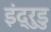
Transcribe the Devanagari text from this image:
इंद्रुडु